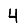
Digit: 4